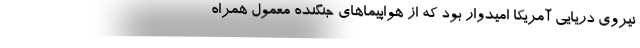
نیروی دریایی آمریکا امیدوار بود که از هواپیماهای جنگنده معمول همراه